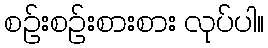
စဉ်းစဉ်းစားစား လုပ်ပါ။